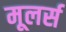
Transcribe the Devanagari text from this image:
मूलर्स